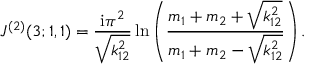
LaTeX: J ^ { ( 2 ) } ( 3 ; 1 , 1 ) = \frac { \mathrm { i } \pi ^ { 2 } } { \sqrt { k _ { 1 2 } ^ { 2 } } } \ln \left( \frac { m _ { 1 } + m _ { 2 } + \sqrt { k _ { 1 2 } ^ { 2 } } } { m _ { 1 } + m _ { 2 } - \sqrt { k _ { 1 2 } ^ { 2 } } } \right) .